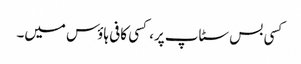
کسی بس سٹاپ پر، کسی کافی ہاؤس میں۔